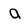
Character: a